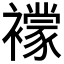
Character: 𧞑